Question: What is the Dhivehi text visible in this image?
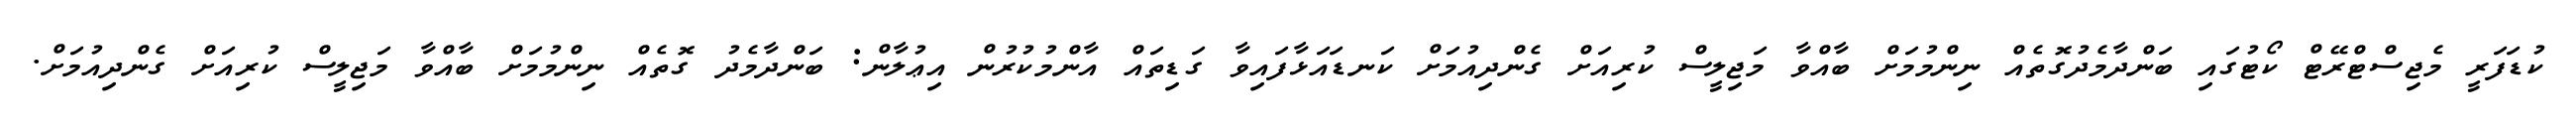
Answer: ކުޑަފަރީ މެޖިސްޓްރޭޓް ކޯޓުގައި ބަންދާމެދުގޮތެއް ނިންމުމަށް ބާއްވާ މަޖިލީސް ކުރިއަށް ގެންދިއުމަށް ކަނޑައަޅާފައިވާ ގަޑިތައް އާންމުކުރުން އިޢުލާން: ބަންދާމެދު ގޮތެއް ނިންމުމަށް ބާއްވާ މަޖިލީސް ކުރިއަށް ގެންދިއުމަށް.